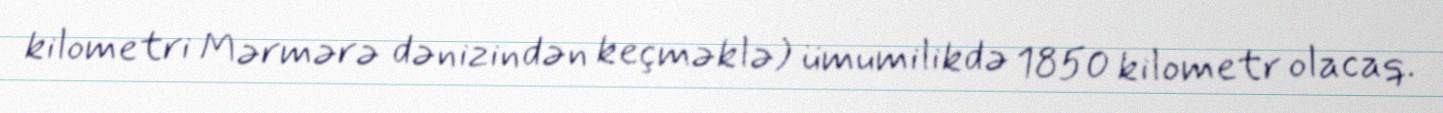
kilometri Mərmərə dənizindən keçməklə) ümumilikdə 1850 kilometr olacaq.